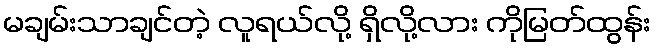
မချမ်းသာချင်တဲ့ လူရယ်လို့ ရှိလို့လား ကိုမြတ်ထွန်း